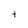
Character: t